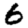
Digit: 6